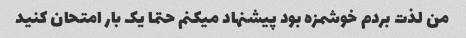
من لذت بردم خوشمزه بود پیشنهاد میکنم حتما یک بار امتحان کنید